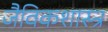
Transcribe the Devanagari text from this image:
जैविकशास्त्र